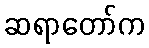
ဆရာတော်က